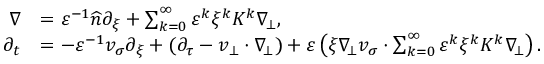
\begin{array} { r l } { \nabla } & { = \varepsilon ^ { - 1 } \widehat { n } \partial _ { \xi } + \sum _ { k = 0 } ^ { \infty } \varepsilon ^ { k } \xi ^ { k } K ^ { k } \nabla _ { \! \bot } , } \\ { \partial _ { t } } & { = - \varepsilon ^ { - 1 } v _ { \sigma } \partial _ { \xi } + ( \partial _ { \tau } - v _ { \bot } \cdot \nabla _ { \! \bot } ) + \varepsilon \left( \xi \nabla _ { \! \bot } v _ { \sigma } \cdot \sum _ { k = 0 } ^ { \infty } \varepsilon ^ { k } \xi ^ { k } K ^ { k } \nabla _ { \! \bot } \right) . } \end{array}